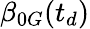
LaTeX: \beta_{0G}(t_{d})